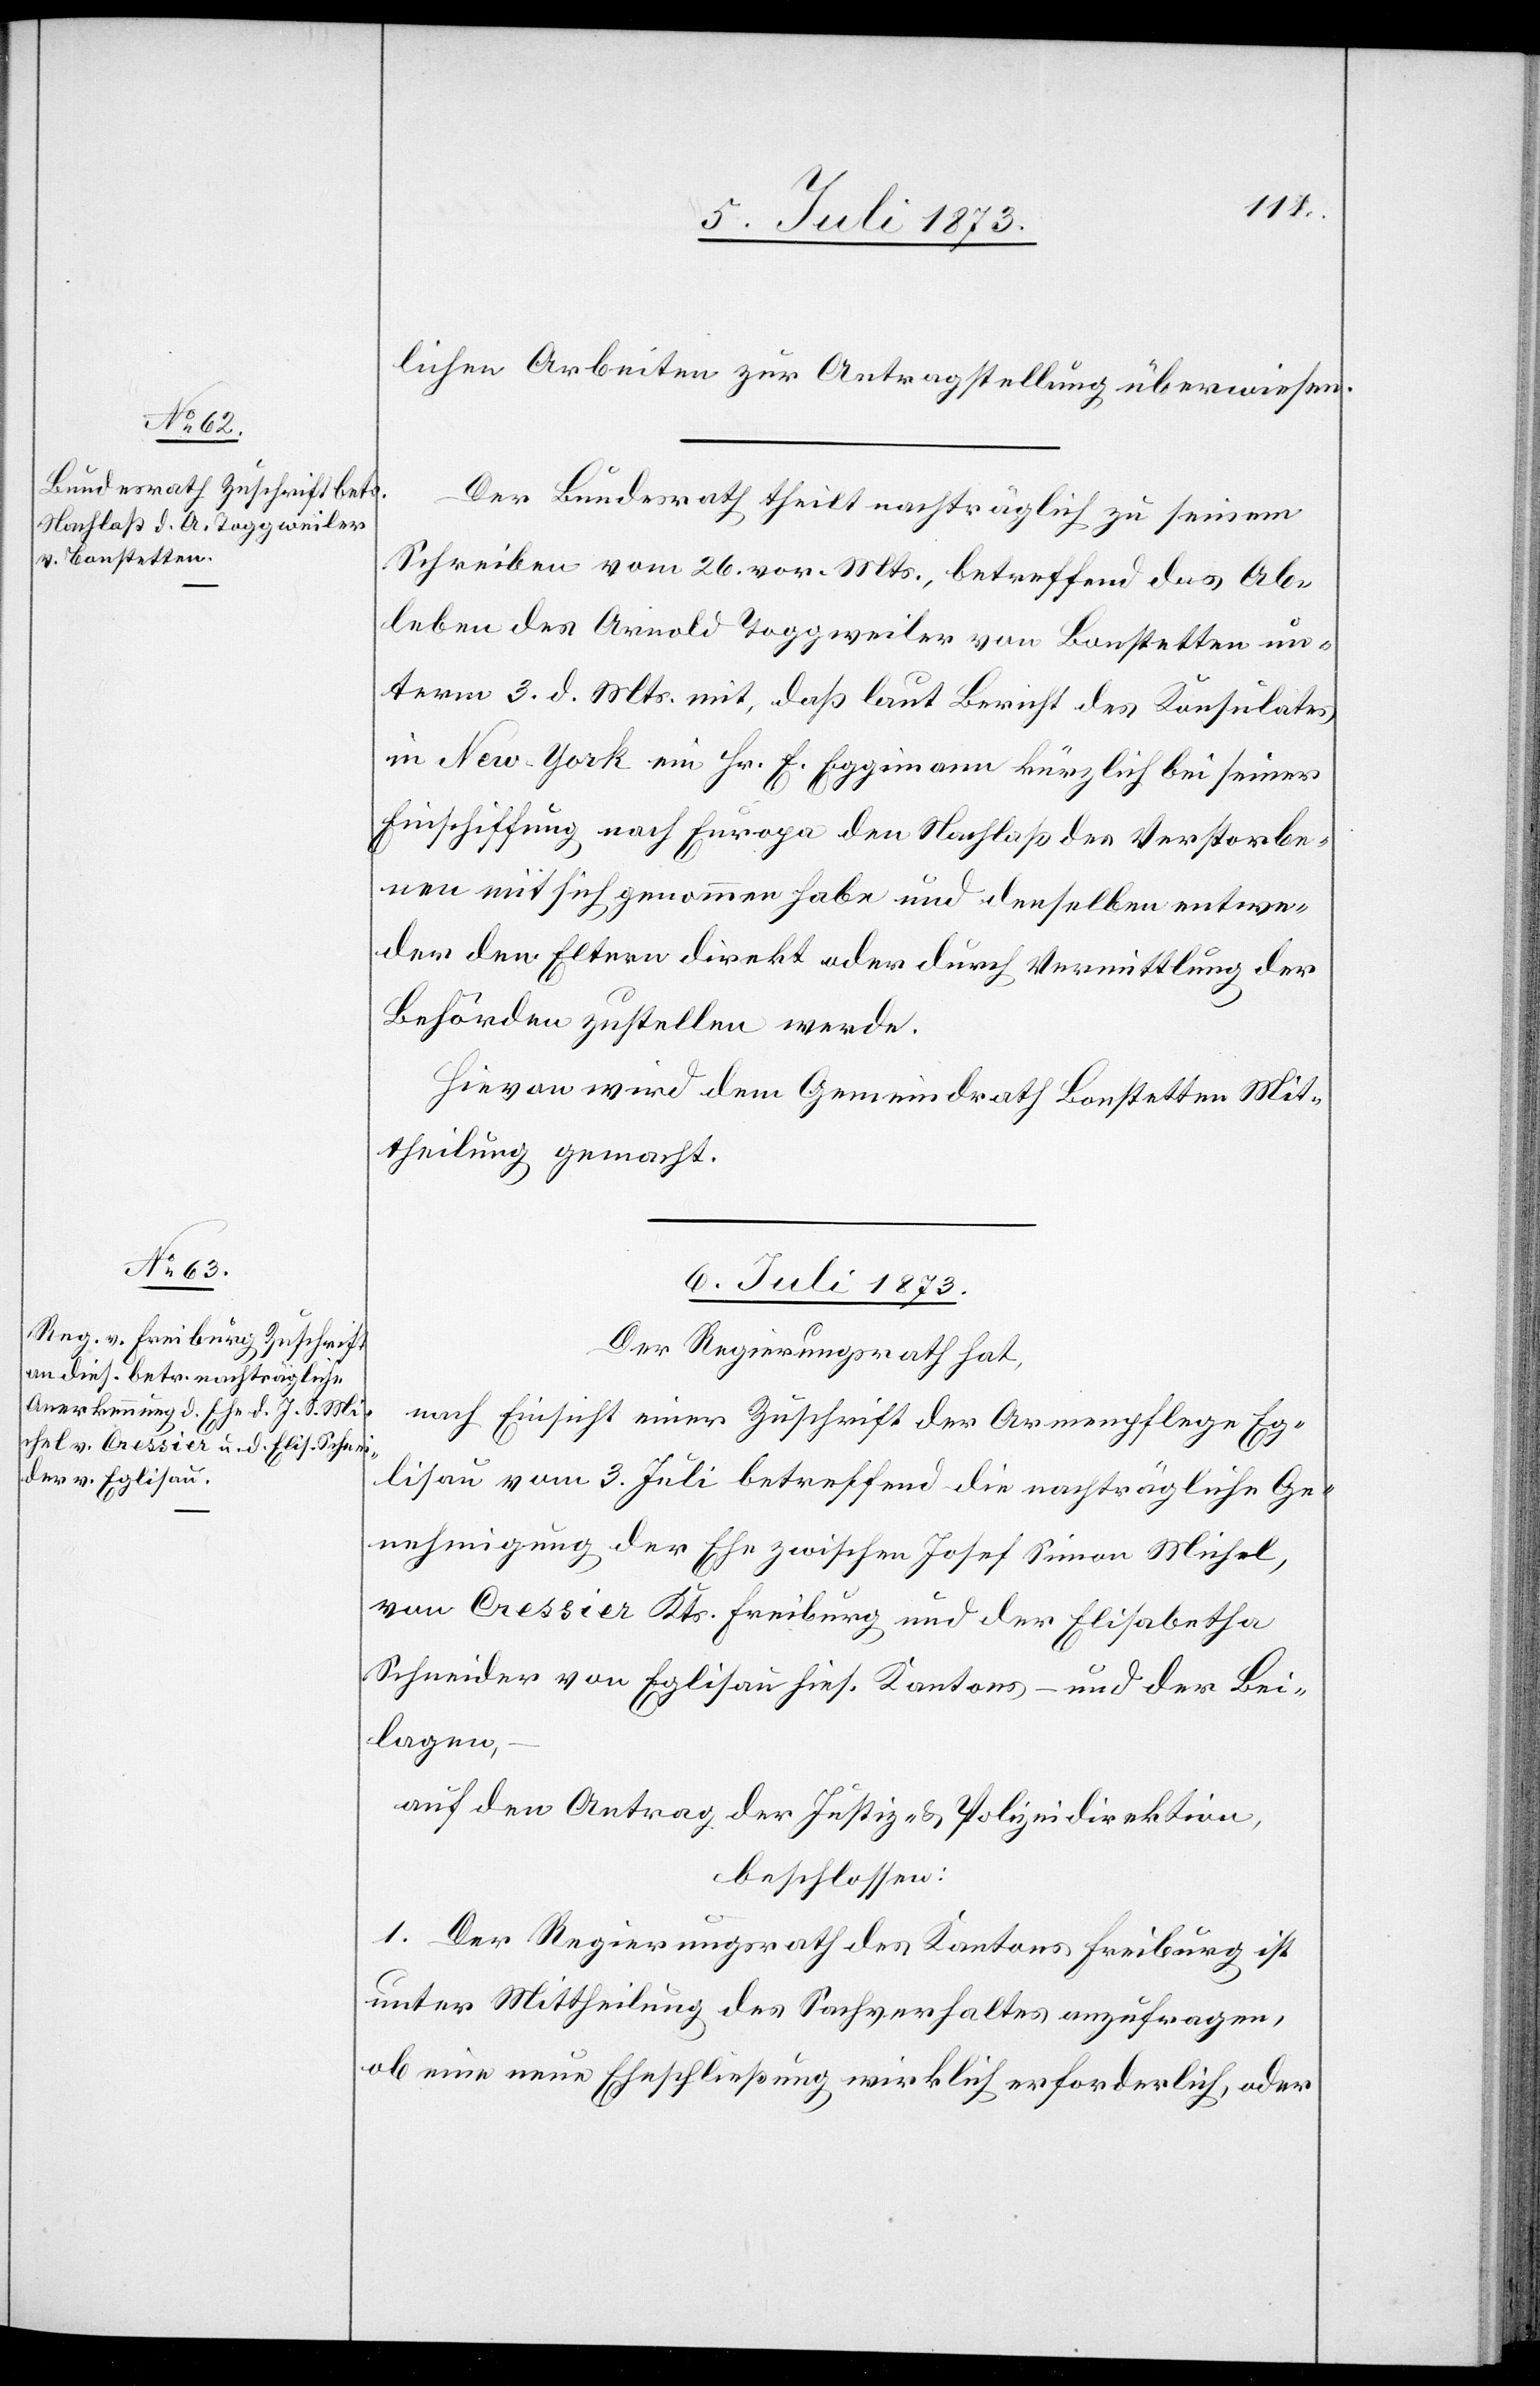
5. Juli 1873.]
lichen Arbeiten zur Antragstellung überwiesen.
Der Bundesrath theilt nachträglich zu seinem
Schreiben vom 26. vor. Mts., betreffend das Ab¬
leben des Arnold Toggweiler von Bonstetten un¬
term 3. d. Mts. mit, daß laut Bericht des Konsulates
in New-York ein Hr. E. Eggimann kürzlich bei seiner
Einschiffung nach Europa den Nachlaß des Verstorbe¬
nen mit sich genommen habe und denselben entwe¬
der den Eltern direkt oder durch Vermittlung der
Behörden zustellen werde.
Hievon wird dem Gemeindrath Bonstetten Mit¬
theilung gemacht.
6. Juli 1873.
Der Regierungsrath hat,
nach Einsicht einer Zuschrift der Armenpflege Eg¬
lisau vom 3. Juli betreffend die nachträgliche Ge¬
nehmigung der Ehe zwischen Josef Simon Michel,
von Cressier Kts. Freiburg und der Elisabetha
Schneider von Eglisau hies. Kantons – und der Bei¬
lagen,
auf den Antrag der Justiz- & Polizeidirektion,
beschlossen:
1. Der Regierungsrath des Kantons Freiburg ist
unter Mittheilung des Sachverhaltes anzufragen,
ob eine neue Eheschließung wirklich erforderlich, oder